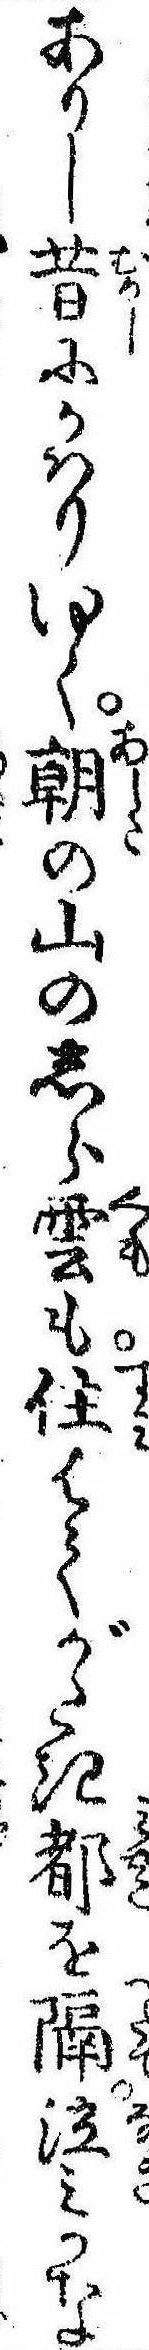
ありし昔にかはりゆく朝の山のしら雲も住はてがたき都を隔泣みかな